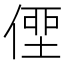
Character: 𠋿